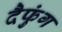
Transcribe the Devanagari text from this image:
दैफुंग